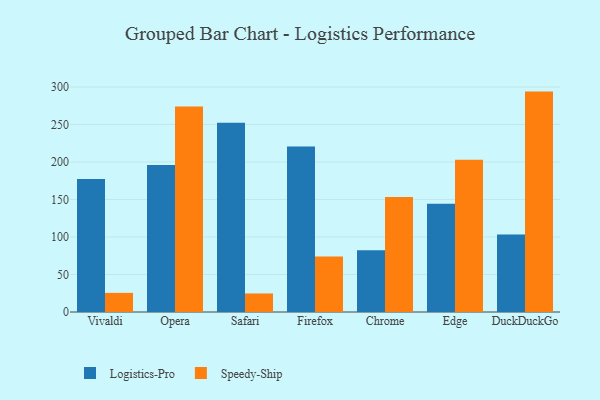
{"axis": {"x": "Browser", "y": "Temperature (°C)"}, "legend": ["Logistics-Pro", "Speedy-Ship"], "data": [{"x": "Vivaldi", "y": 177.3, "type": "Logistics-Pro"}, {"x": "Vivaldi", "y": 25.5, "type": "Speedy-Ship"}, {"x": "Opera", "y": 195.8, "type": "Logistics-Pro"}, {"x": "Opera", "y": 274.1, "type": "Speedy-Ship"}, {"x": "Safari", "y": 252.4, "type": "Logistics-Pro"}, {"x": "Safari", "y": 24.7, "type": "Speedy-Ship"}, {"x": "Firefox", "y": 220.7, "type": "Logistics-Pro"}, {"x": "Firefox", "y": 74.1, "type": "Speedy-Ship"}, {"x": "Chrome", "y": 82.2, "type": "Logistics-Pro"}, {"x": "Chrome", "y": 153.4, "type": "Speedy-Ship"}, {"x": "Edge", "y": 144.4, "type": "Logistics-Pro"}, {"x": "Edge", "y": 202.9, "type": "Speedy-Ship"}, {"x": "DuckDuckGo", "y": 103.4, "type": "Logistics-Pro"}, {"x": "DuckDuckGo", "y": 293.8, "type": "Speedy-Ship"}]}